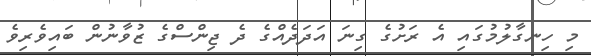
މި ހިނގާލުމުގައި އެ ރަށުގެ ގިނަ އަދަދެއްގެ ދެ ޖިންސްގެ ޒުވާނުން ބައިވެރިވެ